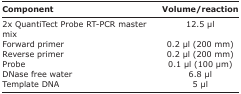
| Component | Volume/reaction |
 | --- | --- |
 | 2x QuantiTect Probe RT-PCR master mix | 12.5 μl |
 | Forward primer | 0.2 μl (200 mm) |
 | Reverse primer | 0.2 μl (200 mm) |
 | Probe | 0.1 μl (100 μm) |
 | DNase free water | 6.8 μl |
 | Template DNA | 5 μl |